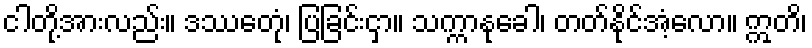
ငါတို့အားလည်း။ ဒဿေတုံ၊ ပြခြင်းငှာ။ သက္ကာနုခေါ၊ တတ်နိုင်အံ့လော။ ဣတိ၊